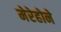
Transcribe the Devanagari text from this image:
मेरेहोने